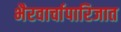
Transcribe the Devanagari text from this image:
भैरवार्चापारिजात